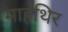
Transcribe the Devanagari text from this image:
माहथिर